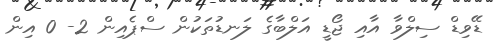
ޑޭވިޑް ސިލްވާ އާއި ޖޯޑީ އަލްބާގެ ލަނޑުތަކުން ސްޕެއިން 2- 0 އިން